Leaving Certificate Examination, 1920
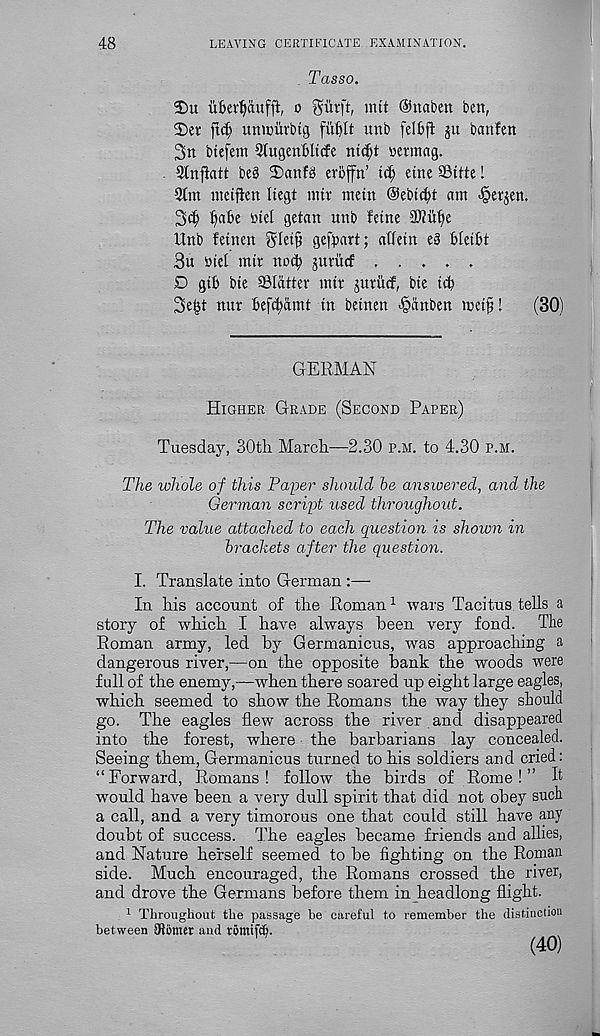
48
LEAVING CERTIFICATE EXAMINATION.
Tasso.
S5u iifierfyaufft, o giirft, nut ©nabett ben,
2)et fid) uninuvbtg fut)It unb felbfi ju banlen
3n btefem StugenBItcfe nt($t nermag.
Stnfiatt be§ 2)anfb erbffn’
eine SBitte!
meiften Itegt nur mein @ebid)t am -§e^en.
t^abe biet getan unb feme 3)?ittje
Unb fetnen gletjj geftiart; affetn e§ blei&t
3u btel mtr noc^ juviicf
D gtf» bte 9SIdttev mtr guriicf, bte tcb
3e^t nur Befi^dmt in betnen ^»iinben metfj!
(30)
GERMAN
Higher Grade (Second Paper)
Tuesday, 30th March—2.30 p.h. to 4.30 p.h.
The whole of this Paper should be answered, and the
German script used throughout.
The value atto,ched to each question is shown in
brackets after the question.
I. Translate into German :—
In his account of the Roman 1 wars Tacitus tells a
story of which I have always been very fond. The
Roman army, led by Germanicus, was approaching a
dangerous river,—on the opposite bank the woods were
full of the enemy,—when there soared up eight large eagles,
which seemed to show the Romans the way they should
go. The eagles flew across the river and disappeared
into the forest, where the barbarians lay concealed.
Seeing them, Germanicus turned to his soldiers and cried:
“Forward, Romans! follow the birds of Rome!” A
would have been a very dull spirit that did not obey such
a call, and a very timorous one that could still have any
doubt of success. The eagles became friends and allies,
and Nature herself seemed to be fighting on the Roman
side. Much encouraged, the Romans crossed the river,
and drove the Germans before them in headlong flight.
1 Throughout the passage be careful to remember the distinction
between 0Jiimer and romifcfj.
(40)